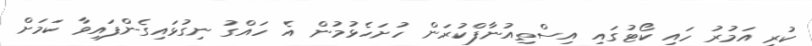
ކުރި އަމުރު ހައި ކޯޓުގައި އިސްތިއުނާފްކުރަން ހުށަހެޅުމުން އެ ހައްގު ނިގުޅައިގެންފައިވާ ކަމަށް